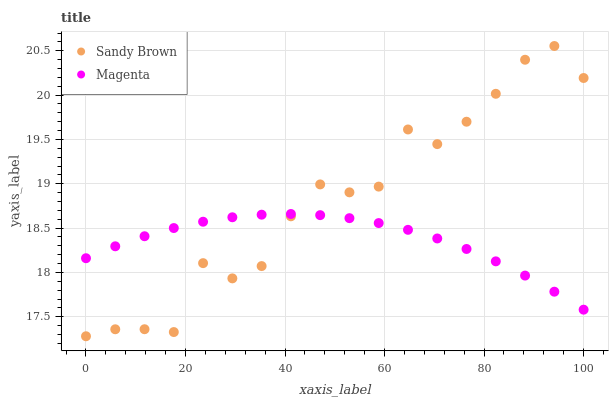
| xaxis_label | Sandy Brown | Magenta |
 | --- | --- | --- |
 | 0 | 17.3 | 18.2 |
 | 5.88 | 17.4 | 18.3 |
 | 11.8 | 17.4 | 18.4 |
 | 17.6 | 17.3 | 18.5 |
 | 23.5 | 18.1 | 18.6 |
 | 29.4 | 17.9 | 18.6 |
 | 35.3 | 18.1 | 18.7 |
 | 41.2 | 18.6 | 18.7 |
 | 47.1 | 19 | 18.6 |
 | 52.9 | 18.9 | 18.6 |
 | 58.8 | 19 | 18.6 |
 | 64.7 | 19.6 | 18.5 |
 | 70.6 | 19.4 | 18.4 |
 | 76.5 | 19.7 | 18.3 |
 | 82.4 | 20 | 18.1 |
 | 88.2 | 20.4 | 18 |
 | 94.1 | 20.6 | 17.8 |
 | 100 | 20.2 | 17.6 |